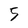
Character: 5